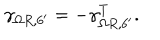
LaTeX: \gamma _ { \Omega R , 6 ^ { \prime } } = - \gamma _ { \Omega R , 6 ^ { \prime } } ^ { T } .